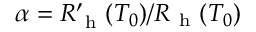
\alpha = R _ { \mathrm { ~ h ~ } } ^ { \prime } ( T _ { 0 } ) / R _ { \mathrm { ~ h ~ } } ( T _ { 0 } )